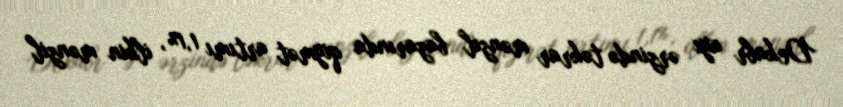
Dekabr ayı ərzində təkrar mənzil bazarında qiymət artımı 1,1%, ilkin mənzil